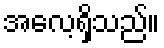
အလေ့ရှိသည်။